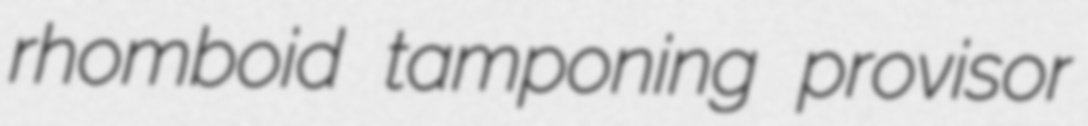
rhomboid tamponing provisor